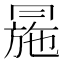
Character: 㒾